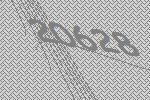
20628